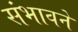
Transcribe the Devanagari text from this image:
संभावने